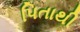
પિતાથી